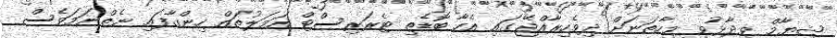
ޝިޔާމް ވިދާޅުވީ މިހާތަނަށް ދިވެހިރާއްޖޭގައި އެހާ ބޮޑެތި ޓެރަރިސްޓް އަމަލުތައް ހިންގާފައި ނެތްނަމަވެސް